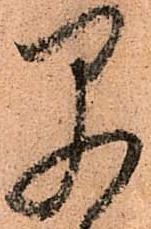
早